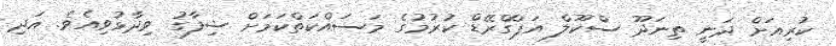
ކުރިއަށް ދަނީ ތިނަދޫ ސްކޫލް އަޕްގްރޭޑް ކުރުމުގެ މަސައްކަތްކަމަށް ޝިފާގު ވިދާޅުވިއެވެ. އަދި